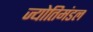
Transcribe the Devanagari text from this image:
ज्योतिमंडल